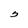
Character: 3